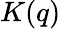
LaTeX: K(q)